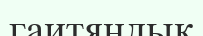
гаитяндық